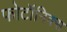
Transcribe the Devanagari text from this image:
फोटॉनिक्स